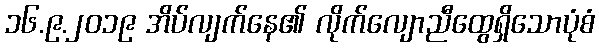
၁၆.၉.၂၀၁၉ အိပ်လျက်နေ၏ လိုက်လျောညီထွေရှိသောပုံစံ